Calcutta medical institutions reports 1871-78
Year: 1871
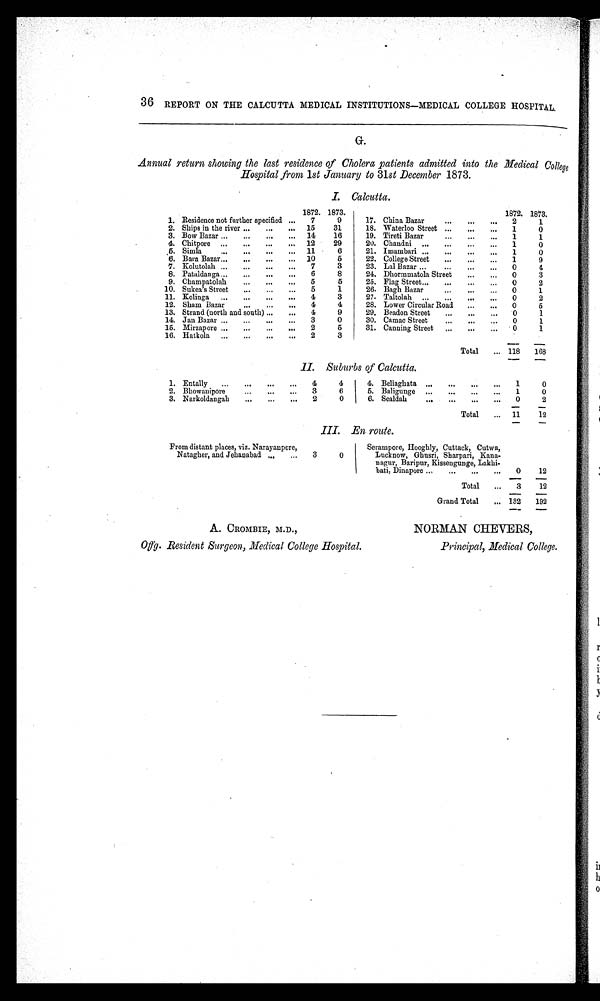
36 REPORT ON THE CALCUTTA MEDICAL INSTITUTIONS—MEDICAL COLLEGE HOSPITAL.
G.
Annual return showing the last residence of Cholera patients admitted into the Medical College
Hospital from 1st January to 31st December 1873.
I. Calcutta.
1872. 1873.
1872. 1873.
1. Residence not further specified ... 7
9
17. China Bazar
...
. . . 2
1
2. Ships in the river
...
... 15
31
18. Waterloo Street
...
...
1
0
3. Bow Bazar
. . . ... 14
16
19. Tireti Bazar
...
...
1
1
4. Chitpore
...
... 12
29
20. Chandni
...
...
1
0
5. Simla
. . . ... 11
6
21. Imambari
...
...
1
0
6. Bara Bazar
...
... 10
5
22. College Street
...
...
1
9
7. Kolutolah
...
...
7
3
23. Lal Bazar
...
...
0
4
8. Pataldanga
...
...
6
8
24. Dhormmatola Street
...
... 0
3
9. Champatolah
. . . ...
5
5
25. Flag Street
...
...
0
2
10. Sukea's Street
...
...
5
1
26. Bagh Bazar
...
. . .
0
1
11. Kolinga
. . . ...
4
3
27. Taltolah
...
...
0
2
12. Sham Bazar
...
. . . 4
4
28. Lower Circular Road ...
...
0
5
13. Strand (north and south) ...
...
4
9
29. Beadon Street
...
. . .
0
1
14. Jan Bazar
. . . ...
3
0
30. Camac Street
...
...
0
1
15. Mirzapore
. . . ...
2
5
31. Canning Street
...
. . . 0
1
16. Hatkola
...
. . . 2
3
Total ... 118 168
II. Suburbs of Calcutta.
1.Entally
...
...
... 4
4
4. Beliaghata
. . .
. . .
. . .
. . . 1
0
2.Bhowanipore
. . .
. . . ...
3
6
5. Baligunge ...
...
...
...
1
0
3.Narkoldangah
. . . ...
. . . 2
0
6. Sealdah
...
...
...
. . . 0
2
Total
... 11
12
III. En route.
From distant places, viz. Narayanpore,
Natagher, and Jehanabad
...
3
0
Serampore, Hooghly, Cuttack, Cutwa,
Lucknow, Ghusri, Sharpari, Kana-
nagur, Baripur, Kisse ngunge, Lakhi-
bati, Dinapore
...
0
12
Total
...
3
12
Grand Total
... 132 192
A. CROMBIE, M.D.,
Offg. Resident Surgeon, Medical College Hospital.
NORMAN CHEVERS,
Principal, Medical College.